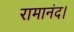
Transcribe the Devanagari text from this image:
रामानंद।